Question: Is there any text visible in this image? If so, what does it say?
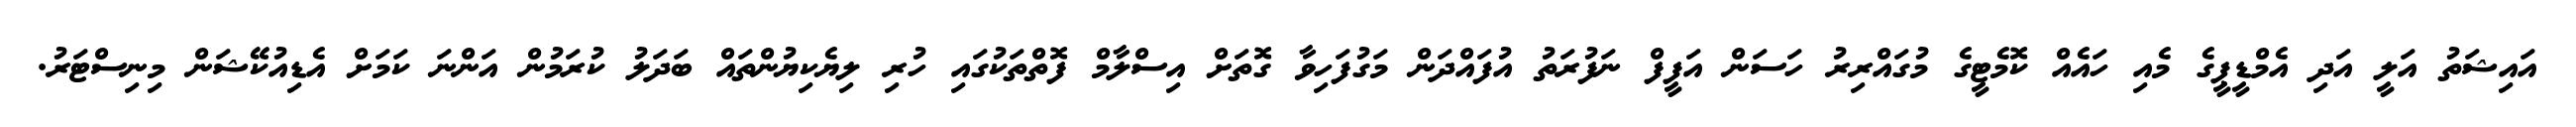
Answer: އައިޝަތު އަލީ އަދި އެމްޑީޕީގެ މެއި ހައެއް ކޮމެޓީގެ މުގައްރިރު ހަސަން އަފީފް ނަފުރަތު އުފައްދަން މަގުފަހިވާ ގޮތަށް އިސްލާމް ފޮތްތަކުގައި ހުރި ލިޔެކިޔުންތައް ބަދަލު ކުރަމުން އަންނަ ކަމަށް އެޑިއުކޭޝަން މިނިސްޓަރު.